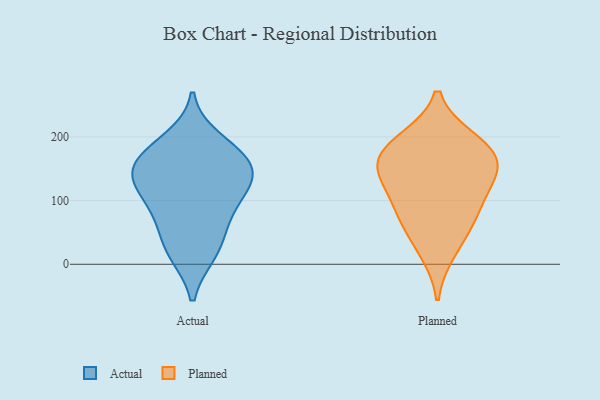
{"axis": {"x": "Energy Usage (MWh)", "y": "Value"}, "legend": ["Actual", "Planned"], "data": [{"x": "", "y": 197, "type": "Actual"}, {"x": "", "y": 98, "type": "Actual"}, {"x": "", "y": 161, "type": "Actual"}, {"x": "", "y": 147, "type": "Actual"}, {"x": "", "y": 137, "type": "Actual"}, {"x": "", "y": 164, "type": "Actual"}, {"x": "", "y": 112, "type": "Actual"}, {"x": "", "y": 112, "type": "Actual"}, {"x": "", "y": 62, "type": "Actual"}, {"x": "", "y": 181, "type": "Actual"}, {"x": "", "y": 144, "type": "Actual"}, {"x": "", "y": 57, "type": "Actual"}, {"x": "", "y": 16, "type": "Actual"}, {"x": "", "y": 16, "type": "Actual"}, {"x": "", "y": 116, "type": "Planned"}, {"x": "", "y": 196, "type": "Planned"}, {"x": "", "y": 195, "type": "Planned"}, {"x": "", "y": 68, "type": "Planned"}, {"x": "", "y": 149, "type": "Planned"}, {"x": "", "y": 163, "type": "Planned"}, {"x": "", "y": 102, "type": "Planned"}, {"x": "", "y": 66, "type": "Planned"}, {"x": "", "y": 19, "type": "Planned"}, {"x": "", "y": 149, "type": "Planned"}, {"x": "", "y": 166, "type": "Planned"}]}